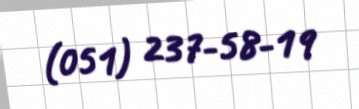
(051) 237-58-19